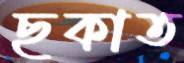
ছকাত